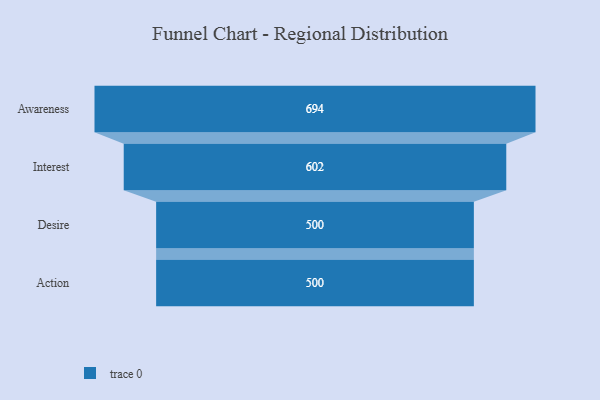
{"axis": {"x": "Stage", "y": "Value"}, "legend": [""], "data": [{"x": "Awareness", "y": 694.0, "type": ""}, {"x": "Interest", "y": 602.0, "type": ""}, {"x": "Desire", "y": 500, "type": ""}, {"x": "Action", "y": 500, "type": ""}]}